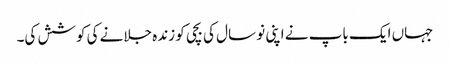
جہاں ایک باپ نے اپنی نو سال کی بچی کو زندہ جلانے کی کوشش کی۔